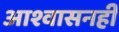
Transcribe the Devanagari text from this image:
आश्वासनही